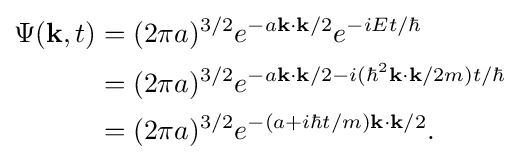
{\begin{aligned}\Psi (\mathbf {k} ,t)&=(2\pi a)^{3/2}e^{-a\mathbf {k} \cdot \mathbf {k} /2}e^{-iEt/\hbar }\\&=(2\pi a)^{3/2}e^{-a\mathbf {k} \cdot \mathbf {k} /2-i(\hbar ^{2}\mathbf {k} \cdot \mathbf {k} /2m)t/\hbar }\\&=(2\pi a)^{3/2}e^{-(a+i\hbar t/m)\mathbf {k} \cdot \mathbf {k} /2}.\end{aligned}}